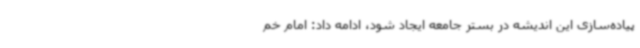
پیاده‌سازی این اندیشه در بستر جامعه ایجاد شود، ادامه داد: امام خم